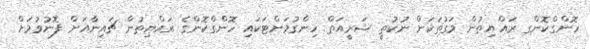
ހޮންގްކޮންގ ރައްޔިތުން މަގުތަކަށް ނުކުތީ ޝަރީއަތް ހިންގުމަށްޓަކައި ހޮންގްކޮންގެ ރައްޔިތުން ޗައިނާއަށް ފޮނުވުމަށް